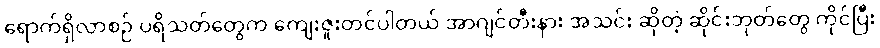
ရောက်ရှိလာစဉ် ပရိသတ်တွေက ကျေးဇူးတင်ပါတယ် အာဂျင်တီးနား အသင်း ဆိုတဲ့ ဆိုင်းဘုတ်တွေ ကိုင်ပြီး